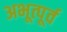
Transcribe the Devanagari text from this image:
अभूत्पूर्व